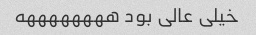
خیلی عالی بود ههههههههه